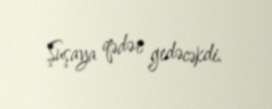
Şuşaya qədər gedəcəkdi.